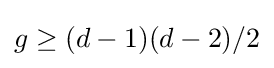
g\geq (d-1)(d-2)/2